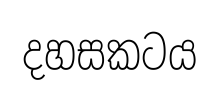
දහසකටය